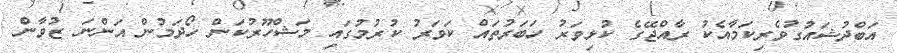
އަބްދުޝައުގުވެރިކަމާއެކު ރާއްޖޭގެ ކުޅިވަރު ހަބަރުތައް ކަވަރު ކުރުމުގައި މަޝްހޫރުކަން ހޯދަމުން އަންނަ ޒުވާން